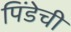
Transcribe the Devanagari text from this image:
पिंडेची